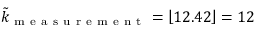
\tilde { k } _ { \mathrm { ~ m ~ e ~ a ~ s ~ u ~ r ~ e ~ m ~ e ~ n ~ t ~ } } = \left\lfloor 1 2 . 4 2 \right\rfloor = 1 2